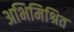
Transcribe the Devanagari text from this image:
अभिमिश्रित